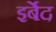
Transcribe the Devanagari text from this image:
इर्बेद